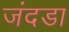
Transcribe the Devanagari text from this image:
जंदडा